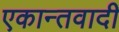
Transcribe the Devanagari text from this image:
एकान्तवादी